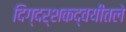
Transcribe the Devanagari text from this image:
दिग्दर्शकद्वयीतले